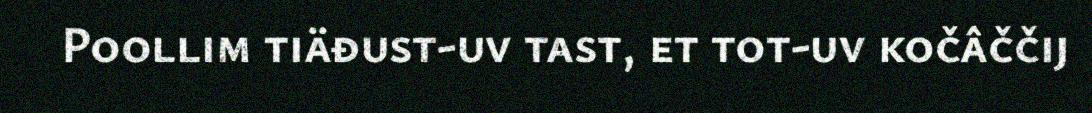
Poollim tiäđust-uv tast, et tot-uv kočâččij